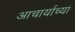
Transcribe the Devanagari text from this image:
आचार्याच्या